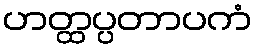
ဟတ္ထပ္ပတာပကံ